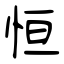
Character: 恒